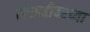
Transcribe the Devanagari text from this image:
सरहद्दीवरच्या